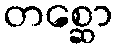
တစ္ဆော